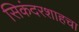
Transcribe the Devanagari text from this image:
सिकंदरशाहचा